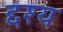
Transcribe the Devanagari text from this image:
द्दश्य